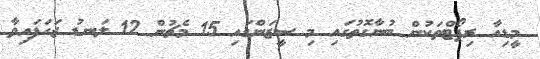
މީޑިއާ ރިޕޯޓްތަކުން ބުނާގޮތުގައި މި ސީޒަންގައި 15 މެޗުން 12 ލަނޑު ޖަހަފައިވާ